Lunatic asylums Punjab 1895-1910 - 1895-1910
Year: 1895
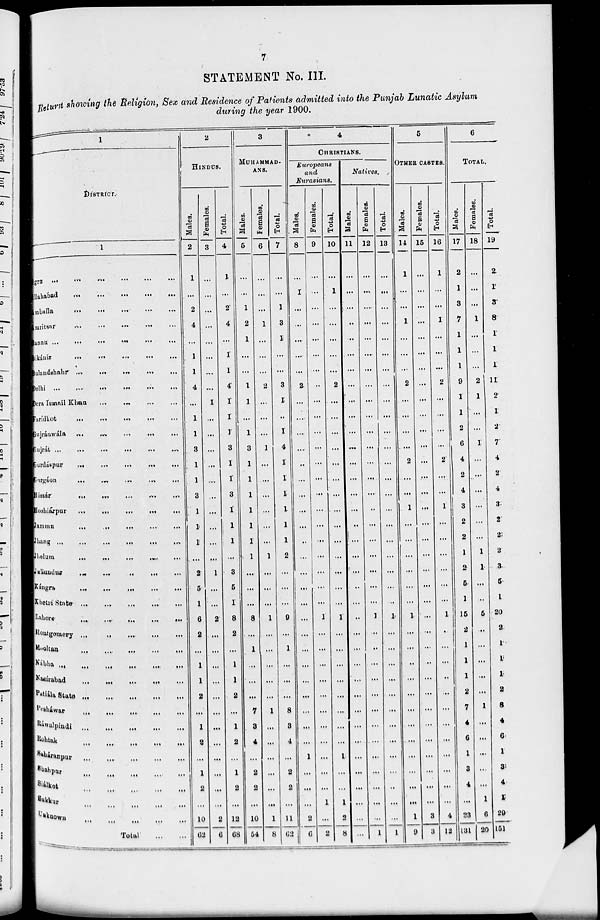
7
STATEMENT No. III.
Return showing the Religion, Sex and Residence of Patients admitted into the Punjab Lunatic
Asylum
during the year 1900.
1
DISTRICT.
1
Agra
...
...
...
...
...
...
AIlahabad
...
...
...
...
...
...
Amballa ... ... ... ... ... ...
Amritsar ... ... ... ... ... ...
Bannu
...
...
...
...
...
...
Bikániz
...
...
...
...
...
...
Bulandshahr
...
...
...
...
...
...
Delhi ... ... ... ... ... ...
Dera Ismail Khan ... ... ... ... ...
Faridkot
...
...
...
...
...
...
Gujráiwála
...
...
...
...
...
...
Gujrát
...
...
...
...
...
...
Gurudáspur
...
...
...
...
...
...
Gurgáon
...
...
...
...
...
...
Hissár
...
...
...
...
...
...
Hoshiárpur
...
...
...
...
...
...
Jammu ... ... ... ... ... ...
Jhang ... ... ... ... ... ...
Jhelum ... ... ... ... ... ...
Jallundur ... ... ... ... ... ...
Kángra ... ... ... ... ... ...
Khetri State
...
...
...
...
...
...
Lahore ... ... ... ... ... ...
Montgomery
...
...
...
...
...
Mooltan ... ... ... ... ... ...
Nábha ... ... ... ... ... ...
Naaírabad
...
...
...
...
...
...
Patiála State ... ... ... ... ... ...
Pesháwar ... ... ... ... ... ...
Ráwalpindi ... ... ... ... ... ...
Rohtak ... ... ... ... ... ...
Saháranpur ... ... ... ... ... ...
Shahpuar ... ... ... ... ... ...
Siálkot ... ... ... ... ... ...
Sukkur ... ... ... ... ... ...
Unknown ... ... ... ... ... ...
Total ... ...
2
HINDUS.
Males.
2
1
...
2
4
...
1
1
4
...
1
1
3
1
1
3
1
1
1
...
2
5
1
6
2
...
1
1
2
...
1
2
...
1
2
...
10
62
Females.
3
...
...
...
...
...
...
...
...
1
...
...
...
...
...
...
...
...
...
...
1
...
...
2
...
...
...
...
...
...
...
...
...
...
...
...
2
8
Total.
4
1
...
2
4
...
1
1
4
1
1
1
3
1
1
3
1
1
1
...
3
5
1
8
2
...
1
1
2
...
1
2
...
1
2
...
12
68
3
MUHAMMAD-
ANS.
Males.
5
...
...
1
2
1
...
...
1
1
...
1
3
1
1
1
1
1
1
1
...
...
...
8
...
1
...
...
...
7
3
4
...
2
2
...
10
54
Females.
6
...
...
...
1
...
...
...
2
...
...
...
1
...
...
...
...
...
...
1
...
...
...
1
...
...
...
...
...
1
...
...
...
...
...
...
1
8
Total.
7
...
...
1
3
1
...
...
3
1
...
1
4
1
1
1
1
1
1
2
...
...
...
9
...
1
...
...
...
8
3
4
...
2
2
...
11
62
4
CHRISTIANS.
Europeans
and
Eurasians.
Males.
8
...
1
...
...
...
...
...
2
...
...
...
...
...
...
...
...
...
...
...
...
...
...
...
...
...
...
...
...
...
...
1
...
...
...
2
6
Females.
9
...
...
...
...
...
...
...
...
...
...
...
...
...
...
...
...
...
...
...
...
...
...
1
...
...
...
...
...
...
...
...
...
...
...
1
...
2
Total.
10
...
1
...
...
...
...
...
2
...
...
...
...
...
...
...
...
...
...
...
...
...
...
1
...
...
...
...
...
...
...
...
1
...
...
1
2
8
Natives.
Males.
11
...
...
...
...
...
...
...
...
...
...
...
...
...
...
...
...
...
...
...
...
..
...
..
...
...
...
...
...
...
...
...
...
...
...
...
...
...
Females.
12
...
...
...
...
...
...
...
...
...
...
...
...
...
...
...
..
...
...
...
...
...
...
1
...
...
...
...
...
...
...
...
...
...
...
...
...
1
Total.
13
...
...
...
...
...
...
...
...
...
...
...
...
...
...
...
...
...
...
...
...
...
...
1
...
...
...
...
...
...
...
...
...
...
...
...
...
1
5
OTHER CASTES.
Males.
14
1
...
...
1
...
...
...
2
...
...
...
...
2
...
...
1
...
...
...
...
...
...
1
...
...
...
...
...
...
...
...
...
...
...
...
1
9
Females.
15
...
...
...
...
...
...
...
...
...
...
...
...
...
...
...
...
...
...
...
...
...
...
...
...
...
...
...
...
...
...
...
...
...
...
...
3
3
Total.
16
1
...
...
1
...
...
...
2
...
...
...
...
2
...
...
1
...
...
...
...
...
...
1
...
...
...
...
...
...
...
...
...
...
...
...
4
12
6
TOTAL.
Males.
17
2
1
3
7
1
1
1
9
1
1
2
6
4
2
4
3
2
2
1
2
5
1
15
2
1
1
1
2
7
4
6
1
3
4
...
23
131
Females.
18
...
...
...
1
...
...
...
2
1
...
...
1
...
...
...
...
...
1
1
...
..
5
...
...
....
...
...
1
...
...
...
...
...
1
6
20
Total.
19
2
1
3
8
1
1
1
11
2
1
2
7
4
2
4
3
2
2
2
3
5
1
20
2
1
1
1
2
8
4
6
1
3
4
1
29
151